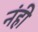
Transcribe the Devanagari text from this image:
नंही